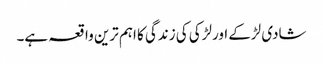
شادی لڑکے اورلڑکی کی زندگی کا اہم ترین واقعہ ہے۔